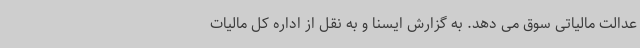
عدالت مالیاتی سوق می دهد. به گزارش ایسنا و به نقل از اداره کل مالیات